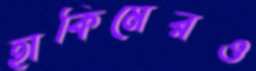
হাকিমেরও